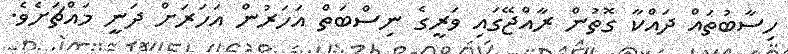
ހިސާބުތައް ދައްކާ ގޮތުން ރާއްޖޭގައި ވަރީގެ ނިސްބަތް އަހަރުން އަހަރަށް ދަނީ މައްޗަށެވެ.